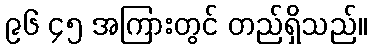
၉၆ ၄၅ အကြားတွင် တည်ရှိသည်။